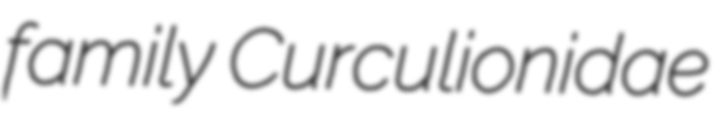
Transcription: family Curculionidae